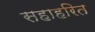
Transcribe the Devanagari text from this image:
सहाहरित